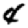
Digit: 4